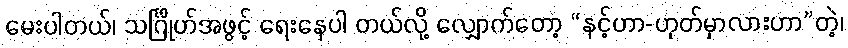
မေးပါတယ်၊ သင်္ဂြိုဟ်အဖွင့် ရေးနေပါ တယ်လို့ လျှောက်တော့ “နင့်ဟာ-ဟုတ်မှာလားဟာ”တဲ့၊